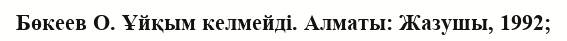
Бөкеев О. Ұйқым келмейдi. Алматы: Жазушы, 1992;